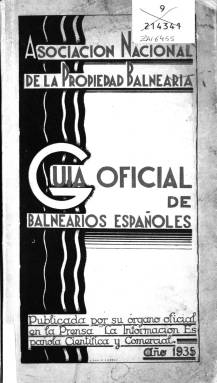
Título: Guía oficial de los balnearios españoles
Colección: Salud e higiene
Ámbito geográfico: Madrid
Lugar de publicación: Madrid
Fechas: 01/01/1935-31/12/1935

Como su propio nombre indica se trata de una relación de todos los balnearios españoles existentes en 1935, fecha de su publicación, y que eran miembros de la Asociación Nacional de la Propiedad Balnearia. Gracias a la información que hay en la misma Guía podemos saber que se habían editado hasta entonces otras tres en los años 1923, 1924 y 1927. La de 1935 debió de ser la cuarta y última editada por esta asociación de propietarios, dado el corte que para todo tipo de actividades y publicaciones supuso el inicio de la Guerra Civil al año siguiente.

    La Guía de 1935 está estructurada con unas páginas preliminares en la que se habla de los beneficios terapéuticos que proporcionan las aguas termales o minerales para dar paso a una relación por orden alfabético de los balnearios existentes en la Península y en ambos archipiélagos, muchos de ellos acompañados de fotografías de la fachada del establecimiento, de sus instalaciones interiores o imágenes de los alrededores. En la información de cada lugar se señala para qué tipo de enfermedades o dolencias están indicadas sus aguas, así como se da noticia de tarifas, la temporada oficial, cómo llegar, datos del personal y otros.

  A continuación de la relación de balnearios viene un apéndice con los análisis químicos realizados a las aguas de algunos de ellos, y seguidamente información sobre rutas turísticas por las regiones españolas, centrándose en las zonas próximas a los balnearios. A este respecto, los redactores de la Guía se quejan de que las autoridades que tienen a su cargo la edición de guías turísticas en España no reflejen en ellas los balnearios como lugares de interés.

  La Guía, que tiene un total de 164 páginas y cuenta con abundantes anuncios publicitarios, concluye con un índice de los balnearios para su fácil localización en las páginas interiores.

   En el prólogo con la que comienza la publicación, firmado por el Inspector General de Sanidad Interior, se destaca que por la importancia que tienen los manantiales minero-medicinales de España merece el sector la mayor atención del Estado para ‘proteger los intereses de los enfermos, sin olvidar los también muy respetables de la propiedad balnearia y de los médicos hidrólogos’.

   Se destaca también en el prólogo el esfuerzo que han hecho los establecimientos para modernizarse, con nuevas técnicas y hoteles higiénicos y lujosos, pero se reconoce que ‘aún queda mucho por hacer’.

  Igualmente, es interesante en las páginas preliminares un artículo sobre la hidrología en España, con sus aspectos profesionales y científicos, firmado por el doctor Hipólito Rodríguez Pinilla, catedrático de la especialidad y miembros de la Academia Nacional de Medicina.

[Descripción publicada el 17/08/2022]